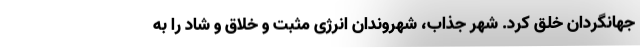
جهانگردان خلق کرد. شهر جذاب، شهروندان انرژی مثبت و خلاق و شاد را به